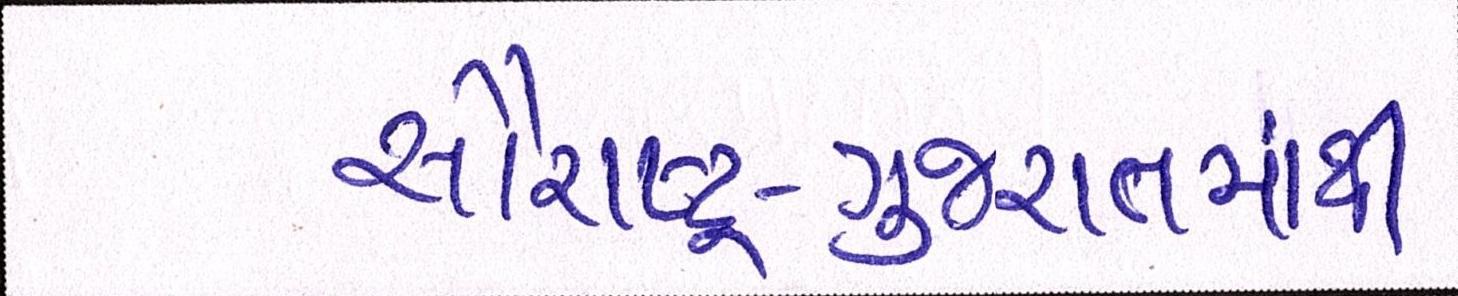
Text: સૌરાષ્ટ્ર-ગુજરાતમાંથી